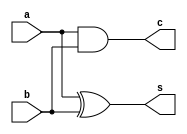
// 1 bit adder 
module half_adder (s,c,a,b);

output s,c;
input a,b;

assign s = a ^ b;	//bit wise xor operation
assign c = a & b;	//bit wise and operation

endmodule

module full_adder (sum,carry,a,b,cin);

output sum,carry;
input a,b,cin;

wire w1,w2,w3;

half_adder ha1(w1,w2,a,b);
half_adder ha2(sum,w3,w1,cin);
or or1(carry,w2,w3);

endmodule  

module adder_top ();

wire sum,carry;
reg a,b,cin;

full_adder f1 (sum,carry,a,b,cin);

initial
begin
	a=0;b=0;cin=0;
	repeat (7) #5 {a,b,cin} = {a,b,cin} +1;

end

initial begin
	$dumpfile ("adder_out.vcd");
	$dumpvars(0,adder_top);
end
endmodule